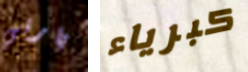
بارني كبرياء